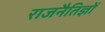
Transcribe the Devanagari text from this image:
राजनैतिज्ञों